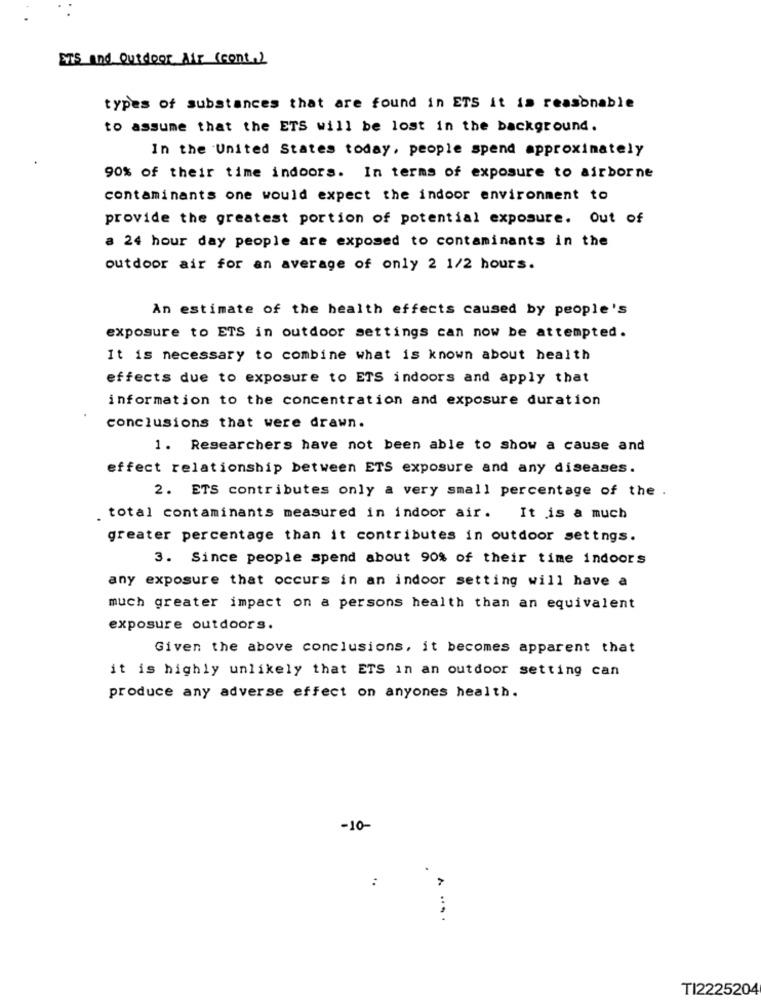
ETS and Outdoor Air (cont.)
types of substances that are found in ETS it is reasonable
to assume that the ETS will be lost in the background.
In the United States today, people spend approximately
90% of their time indoors. In terms of exposure to airborne
contaminants one would expect the indoor environment to
provide the greatest portion of potential exposure. Out of
a 24 hour day people are exposed to contaminants in the
outdoor air for an average of only 2 1/2 hours.
An estimate of the health effects caused by people's
exposure to ETS in outdoor settings can now be attempted.
It is necessary to combine what is known about health
effects due to exposure to ETS indoors and apply that
information to the concentration and exposure duration
conclusions that were drawn.
1. Researchers have not been able to show a cause and
effect relationship between ETS exposure and any diseases.
2. ETS contributes only a very small percentage of the .
total contaminants measured in indoor air. It is a much
greater percentage than it contributes in outdoor settngs.
3. Since people spend about 90% of their time indoors
any exposure that occurs in an indoor setting will have a
much greater impact on a persons health than an equivalent
exposure outdoors.
Given the above conclusions, it becomes apparent that
it is highly unlikely that ETS in an outdoor setting can
produce any adverse effect on anyones health.
-10-
:
TI2225204